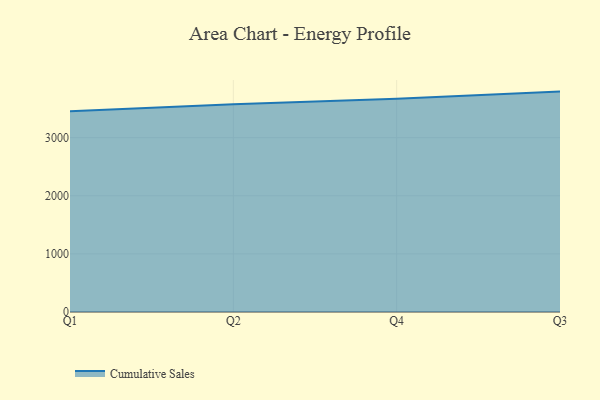
{"axis": {"x": "Quarter", "y": "Waste Production (Tons)"}, "legend": ["Cumulative Sales"], "data": [{"x": "Q1", "y": 3455.8, "type": "Cumulative Sales"}, {"x": "Q2", "y": 3576.8, "type": "Cumulative Sales"}, {"x": "Q4", "y": 3669.0, "type": "Cumulative Sales"}, {"x": "Q3", "y": 3793.9, "type": "Cumulative Sales"}]}